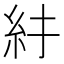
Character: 𥾒